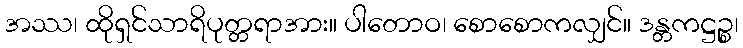
အဿ၊ ထိုရှင်သာရိပုတ္တရာအား။ ပါတောဝ၊ စောစောကလျှင်။ ဒန္တကဋ္ဌဉ္စ၊